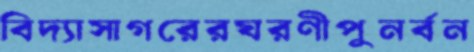
বিদ্যাসাগরেরঘরণীপুনর্বন